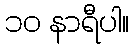
၁၀ နာရီပါ။